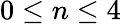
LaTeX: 0\le n\le 4